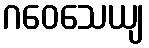
ဂဝေသေယျ